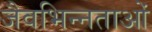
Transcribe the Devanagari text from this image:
जैवभिन्नताओं